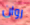
روان